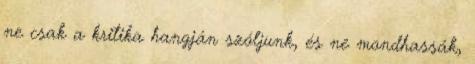
ne csak a kritika hangján szóljunk, és ne mondhassák,